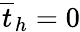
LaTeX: \overline{{t}}_{h}=0